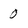
Character: 0